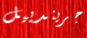
جريندييل